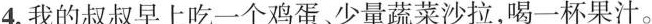
4.我的叔叔早上吃一个鸡蛋、少量蔬菜沙拉,喝一杯果汁.。